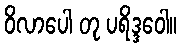
ဝိလာပေါ တု ပရိဒ္ဒဝေါ။